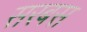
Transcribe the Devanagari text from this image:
सरबस